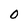
Character: 0